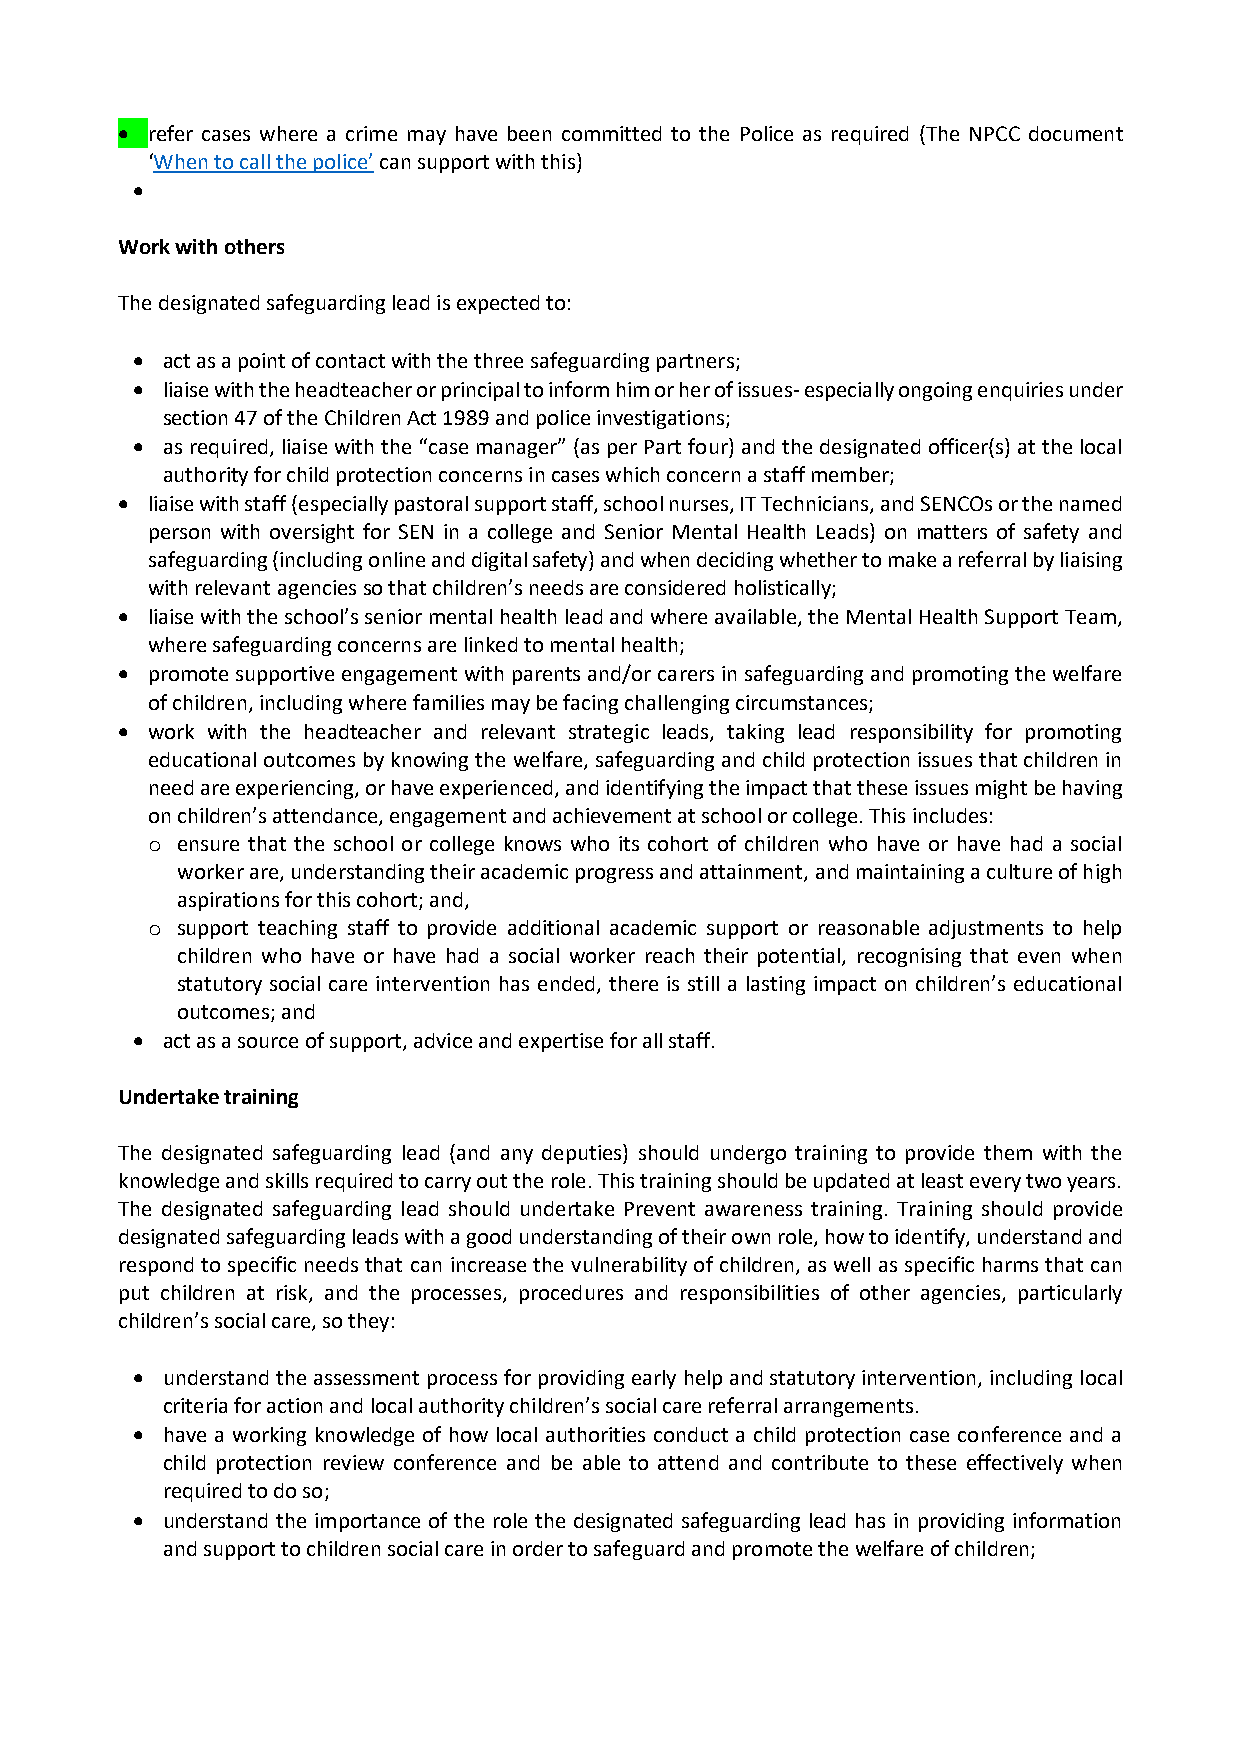
• refer cases where a crime may have been committed to the Police as required (The NPCC document
 ‘When to call the police’ can support with this)
 •
 Work with others
 The designated safeguarding lead is expected to:
 • act as a point of contact with the three safeguarding partners;
 • liaise with the headteacher or principal to inform him or her of issues- especially ongoing enquiries under
 section 47 of the Children Act 1989 and police investigations;
 • as required, liaise with the “case manager” (as per Part four) and the designated officer(s) at the local
 authority for child protection concerns in cases which concern a staff member;
 • liaise with staff (especially pastoral support staff, school nurses, IT Technicians, and SENCOs or the named
 person with oversight for SEN in a college and Senior Mental Health Leads) on matters of safety and
 safeguarding (including online and digital safety) and when deciding whether to make a referral by liaising
 with relevant agencies so that children’s needs are considered holistically;
 • liaise with the school’s senior mental health lead and where available, the Mental Health Support Team,
 where safeguarding concerns are linked to mental health;
 • promote supportive engagement with parents and/or carers in safeguarding and promoting the welfare
 of children, including where families may be facing challenging circumstances;
 • work with the headteacher and relevant strategic leads, taking lead responsibility for promoting
 educational outcomes by knowing the welfare, safeguarding and child protection issues that children in
 need are experiencing, or have experienced, and identifying the impact that these issues might be having
 on children’s attendance, engagement and achievement at school or college. This includes:
 o ensure that the school or college knows who its cohort of children who have or have had a social
 worker are, understanding their academic progress and attainment, and maintaining a culture of high
 aspirations for this cohort; and,
 o support teaching staff to provide additional academic support or reasonable adjustments to help
 children who have or have had a social worker reach their potential, recognising that even when
 statutory social care intervention has ended, there is still a lasting impact on children’s educational
 outcomes; and
 • act as a source of support, advice and expertise for all staff.
 Undertake training
 The designated safeguarding lead (and any deputies) should undergo training to provide them with the
 knowledge and skills required to carry out the role. This training should be updated at least every two years.
 The designated safeguarding lead should undertake Prevent awareness training. Training should provide
 designated safeguarding leads with a good understanding of their own role, how to identify, understand and
 respond to specific needs that can increase the vulnerability of children, as well as specific harms that can
 put children at risk, and the processes, procedures and responsibilities of other agencies, particularly
 children’s social care, so they:
 • understand the assessment process for providing early help and statutory intervention, including local
 criteria for action and local authority children’s social care referral arrangements.
 • have a working knowledge of how local authorities conduct a child protection case conference and a
 child protection review conference and be able to attend and contribute to these effectively when
 required to do so;
 • understand the importance of the role the designated safeguarding lead has in providing information
 and support to children social care in order to safeguard and promote the welfare of children;